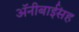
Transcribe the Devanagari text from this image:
अॅनीबाईंसह